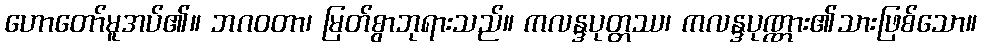
ဟောတော်မူအပ်၏။ ဘဂဝတာ၊ မြတ်စွာဘုရားသည်။ ကလန္ဒပုတ္တဿ၊ ကလန္ဒပုဏ္ဏား၏သားဖြစ်သော။